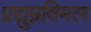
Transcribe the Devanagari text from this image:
प्रद्युम्नविमल